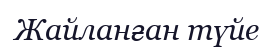
Жайланған түйе